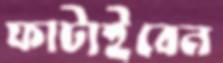
ফাটাইবেন